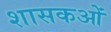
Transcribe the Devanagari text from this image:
शासकओं